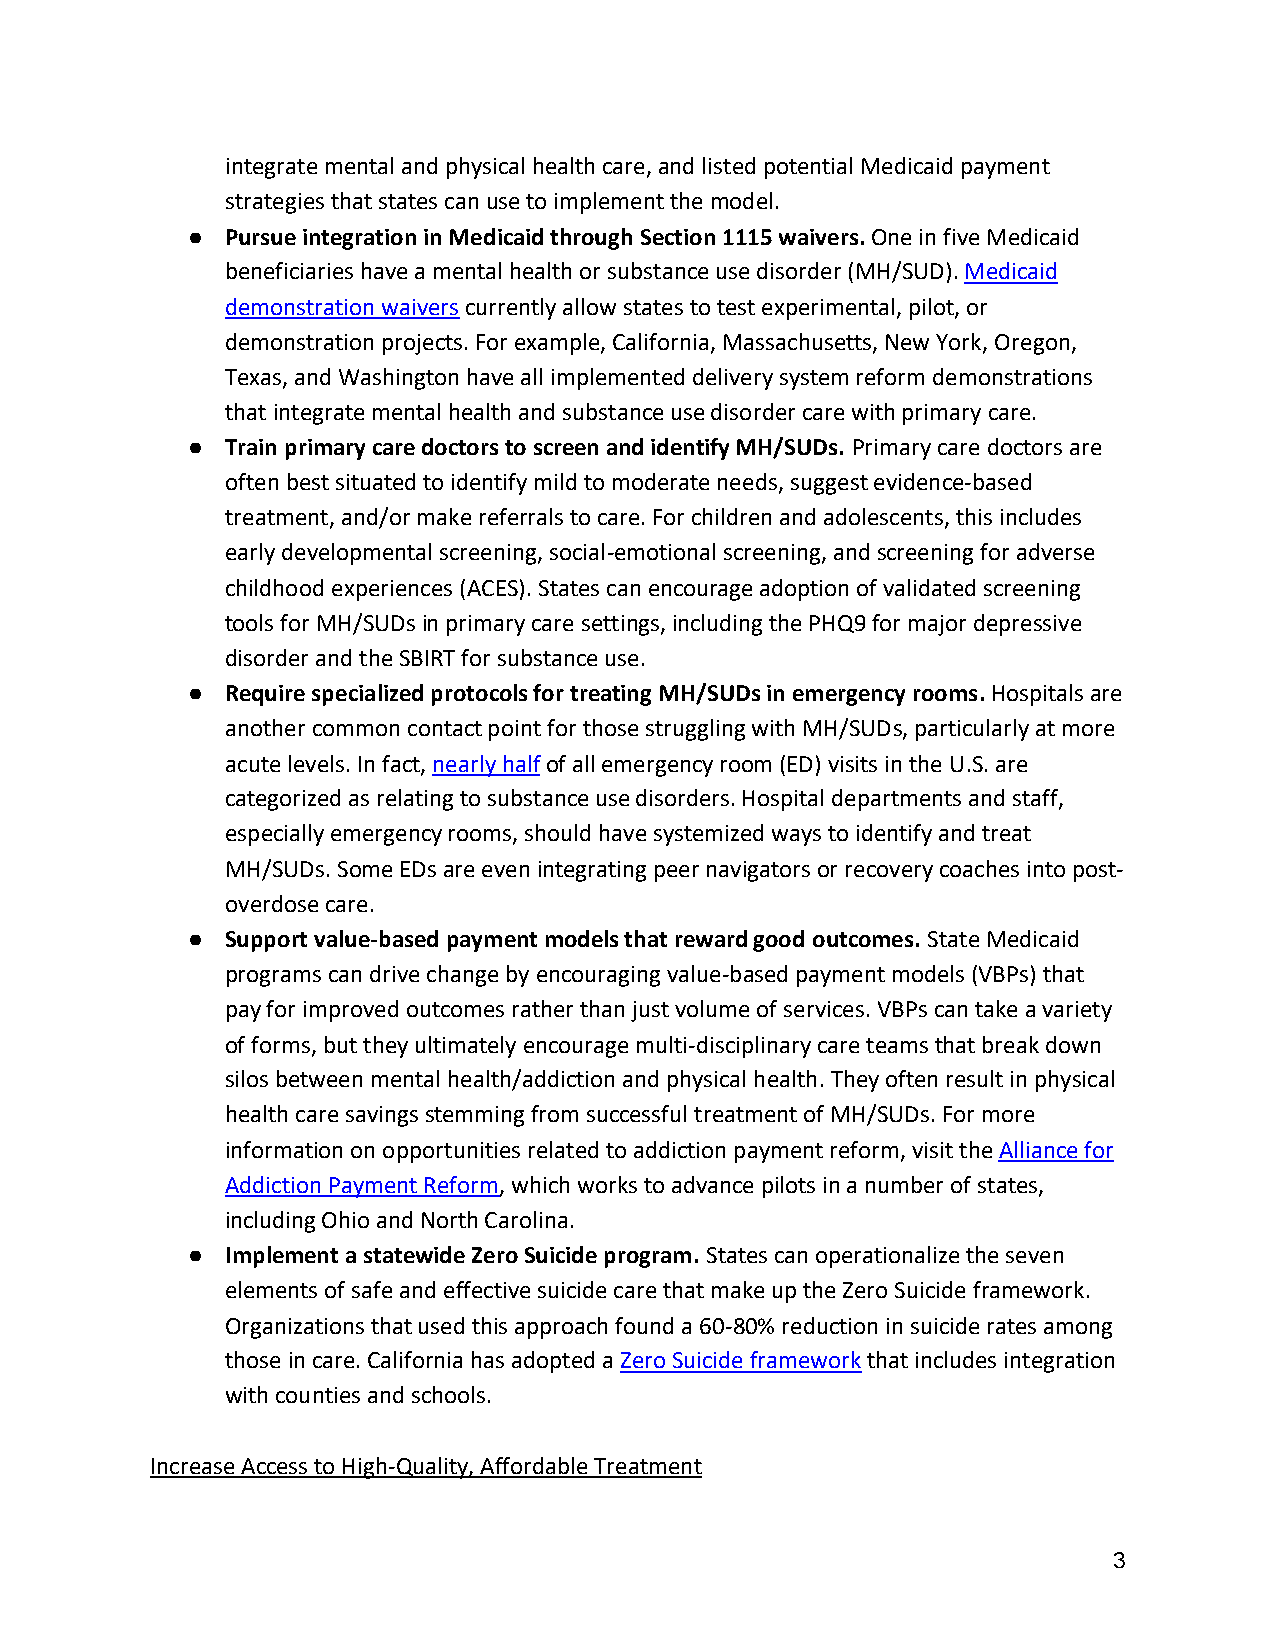
integrate mental and physical health care, and listed potential Medicaid payment
 strategies that states can use to implement the model.
 ●  Pursue integration in Medicaid through Section 1115 waivers. One in five Medicaid
 beneficiaries have a mental health or substance use disorder (MH/SUD). Medicaid
 demonstration waivers currently allow states to test experimental, pilot, or
 demonstration projects. For example, California, Massachusetts, New York, Oregon,
 Texas, and Washington have all implemented delivery system reform demonstrations
 that integrate mental health and substance use disorder care with primary care.
 ●  Train primary care doctors to screen and identify MH/SUDs. Primary care doctors are
 often best situated to identify mild to moderate needs, suggest evidence-based
 treatment, and/or make referrals to care. For children and adolescents, this includes
 early developmental screening, social-emotional screening, and screening for adverse
 childhood experiences (ACES). States can encourage adoption of validated screening
 tools for MH/SUDs in primary care settings, including the PHQ9 for major depressive
 disorder and the SBIRT for substance use.
 ●  Require specialized protocols for treating MH/SUDs in emergency rooms. Hospitals are
 another common contact point for those struggling with MH/SUDs, particularly at more
 acute levels. In fact, nearly half of all emergency room (ED) visits in the U.S. are
 categorized as relating to substance use disorders. Hospital departments and staff,
 especially emergency rooms, should have systemized ways to identify and treat
 MH/SUDs. Some EDs are even integrating peer navigators or recovery coaches into post-
 overdose care.
 ●  Support value-based payment models that reward good outcomes. State Medicaid
 programs can drive change by encouraging value-based payment models (VBPs) that
 pay for improved outcomes rather than just volume of services. VBPs can take a variety
 of forms, but they ultimately encourage multi-disciplinary care teams that break down
 silos between mental health/addiction and physical health. They often result in physical
 health care savings stemming from successful treatment of MH/SUDs. For more
 information on opportunities related to addiction payment reform, visit the Alliance for
 Addiction Payment Reform, which works to advance pilots in a number of states,
 including Ohio and North Carolina.
 ●  Implement a statewide Zero Suicide program. States can operationalize the seven
 elements of safe and effective suicide care that make up the Zero Suicide framework.
 Organizations that used this approach found a 60-80% reduction in suicide rates among
 those in care. California has adopted a Zero Suicide framework that includes integration
 with counties and schools.
 Increase Access to High-Quality, Affordable Treatment
 3